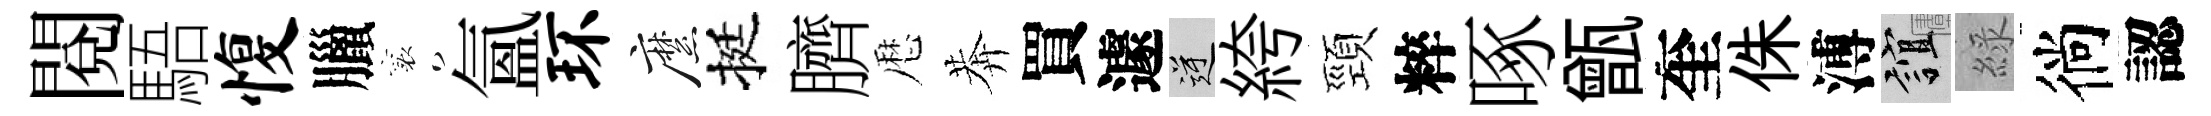
閲䮏愎臘襄氳环縻挺臍厯莾買遽逆絝頸粹啄甑奎侏溥誼綠徜認